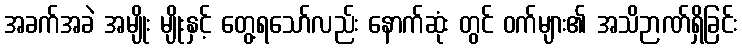
အခက်အခဲ အမျိုး မျိုးနှင့် တွေ့ရသော်လည်း နောက်ဆုံး တွင် ဝက်များ၏ အသိဉာဏ်ရှိခြင်း